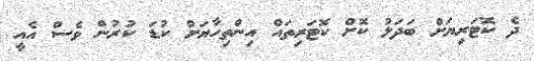
ދެ ކޮޓަރިޔަށް ބަދަލު ކޮށް ކޮޓަރިތައް އިންތިހާޔަށް ކުޑަ ކުރުން ވެސް އެއީ